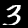
Label: 3